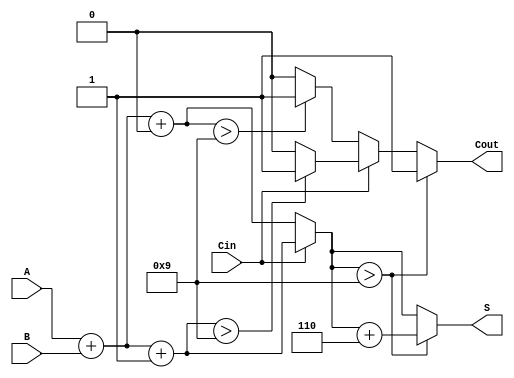
module BCD_Modified_Carry_Select_Adder (
    input  wire [3:0] A,      // BCD digit A
    input  wire [3:0] B,      // BCD digit B
    input  wire Cin,          // Carry-in
    output reg  [3:0] S,      // BCD sum output
    output reg  Cout          // Carry-out
);

    wire [4:0] S0;           // Sum with Cin = 0 (5 bits to accommodate carry)
    wire [4:0] S1;           // Sum with Cin = 1 (5 bits to accommodate carry)
    wire Cout0;              // Carry-out for S0
    wire Cout1;              // Carry-out for S1

    // Initial sum calculations
    assign S0 = A + B + 4'b0000; // S0 = A + B + 0
    assign S1 = A + B + 4'b0001; // S1 = A + B + 1

    // Carry-out generation based on BCD rules
    assign Cout0 = (S0[3:0] > 4'b1001) ? 1'b1 : 1'b0; // Cout0 if S0 exceeds 9
    assign Cout1 = (S1[3:0] > 4'b1001) ? 1'b1 : 1'b0; // Cout1 if S1 exceeds 9

    // Carry select logic
    always @(*) begin
        if (Cin == 1'b0) begin
            S = S0[3:0];    // Select S0 when Cin = 0
            Cout = Cout0;   // Select Cout0 when Cin = 0
        end else begin
            S = S1[3:0];    // Select S1 when Cin = 1
            Cout = Cout1;   // Select Cout1 when Cin = 1
        end

        // BCD correction logic
        if (S > 4'b1001) begin
            S = S + 4'b0110; // Add 6 to correct BCD
            Cout = 1'b1;     // Set carry-out if correction is applied
        end
    end

endmodule